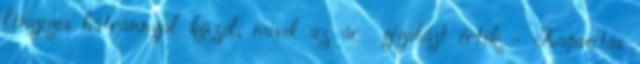
lényeges hátránnyal küzd, mivel az ár gigabájt érték - Kapacitás